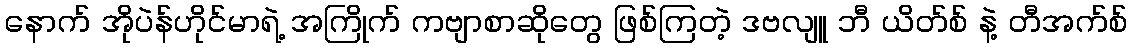
နောက် အိုပဲန်ဟိုင်မာရဲ့ အကြိုက် ကဗျာစာဆိုတွေ ဖြစ်ကြတဲ့ ဒဗလျူ ဘီ ယိတ်စ် နဲ့ တီအက်စ်